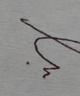
Signature authenticity: forged